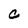
Character: C